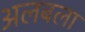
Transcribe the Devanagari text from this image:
अलबला